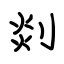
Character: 剡